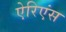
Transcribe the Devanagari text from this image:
ऐरिएंस